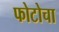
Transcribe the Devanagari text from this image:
फोटोचा